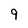
Character: 9